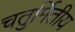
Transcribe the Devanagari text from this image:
चतुर्मितीय